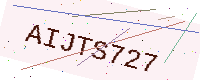
Text: AIJTS727